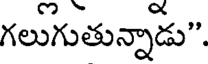
గలుగుతున్నాడు".